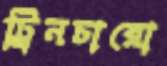
ট্রিনচারো